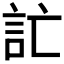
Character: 𲁣